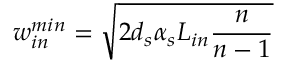
w _ { i n } ^ { m i n } = \sqrt { 2 d _ { s } \alpha _ { s } L _ { i n } \frac { n } { n - 1 } }